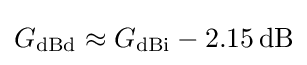
G_{\text{dBd}}\approx G_{\text{dBi}}-2.15\,{\text{dB}}